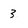
Character: 3